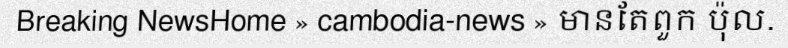
Breaking NewsHome » cambodia-news » មានតែពួក ប៉ុល.